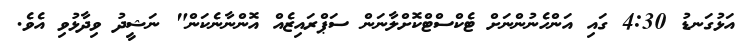
އަޅުގަނޑު 4:30 ގައި އަންހެނުންނަށް ޓެކްސްޓްކޮށްލާނަން ސަޕްރައިޒެއް އޮންނާނެކަން" ނަޝީދު ވިދާޅުވި އެވެ.